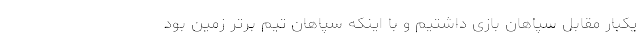
یکبار مقابل سپاهان بازی داشتیم و با اینکه سپاهان تیم برتر زمین بود